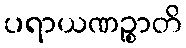
ပရာယဏဉ္စာတိ